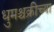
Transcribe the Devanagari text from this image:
धुमश्चक्रीच्या